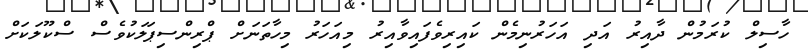
ހާސިލް ކުރަމުން ދާއިރު އަދި އަހަރުނިމެން ކައިރިވެފައިވާއިރު މިއަހަރު މިހާތަނަށް ޕްރިންސިޕަލަކުވެސް ސްކޫލަކަށް